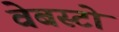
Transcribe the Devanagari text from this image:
वेबस्टो